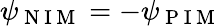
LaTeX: \psi_{\mathrm{~N~I~M~}}=-\psi_{\mathrm{~P~I~M~}}